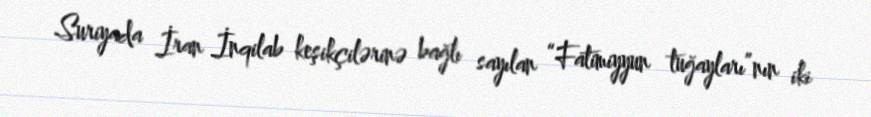
Suriyada İran İnqilab keşikçilərinə bağlı sayılan “Fatimiyyun tuğayları”nın iki